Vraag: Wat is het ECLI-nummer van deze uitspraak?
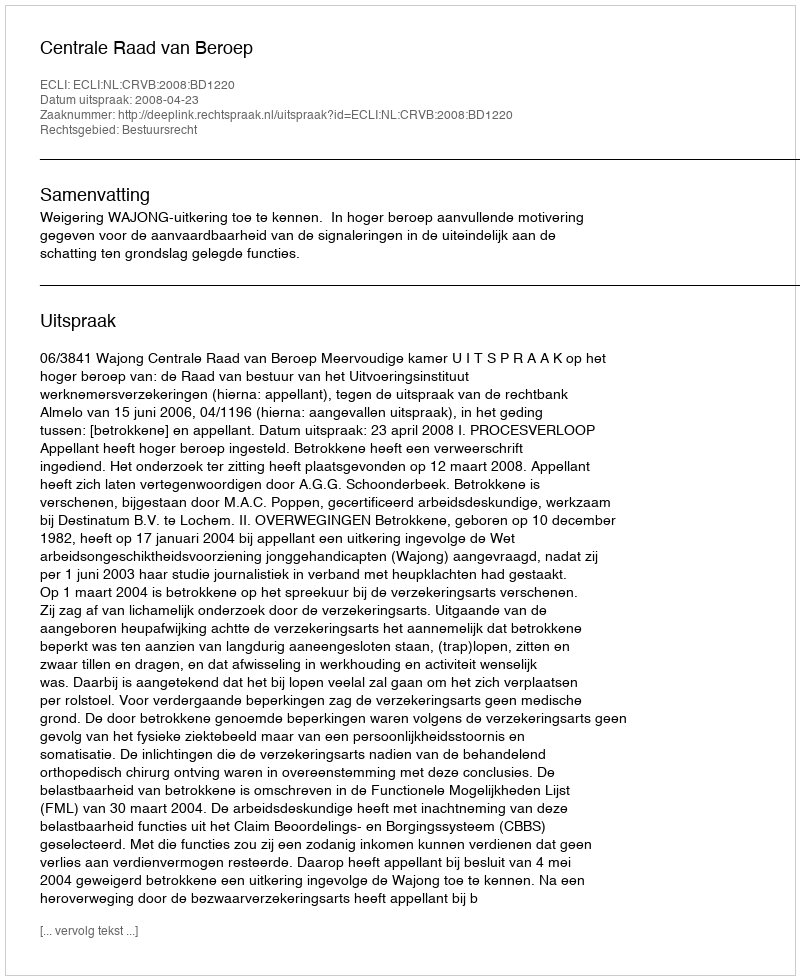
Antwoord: ECLI:NL:CRVB:2008:BD1220